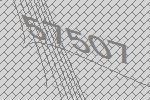
57507